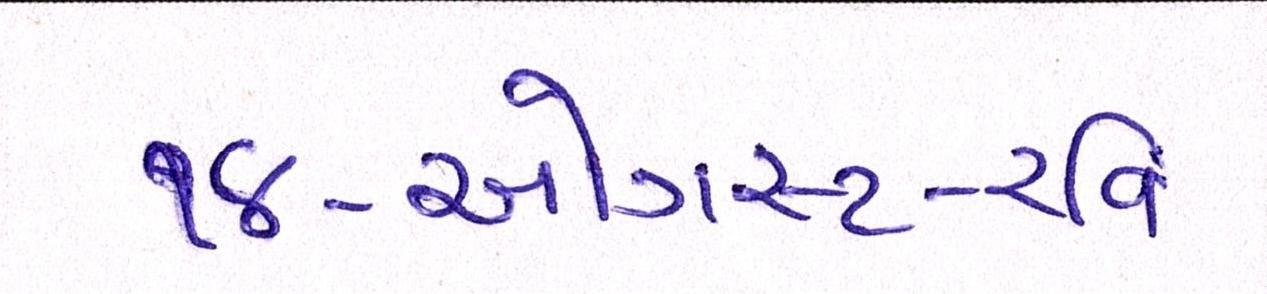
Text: ૧૪-ઓગસ્ટ-રવિ